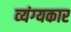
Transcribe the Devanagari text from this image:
व्‍यंग्‍यकार